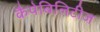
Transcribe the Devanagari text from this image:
कैपेबिलिटीज